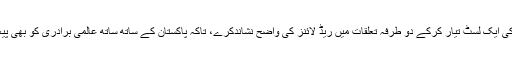
کمیٹی نے مزید حکومت کو بتایا کہ وہ Do’s and Don’t کی ایک لسٹ تیار کرکے دو طرٖفہ تعلقات میں ریڈ لائنز کی واضح نشاندکرے، تاکہ پاکستان کے ساتھ ساتھ عالمی برادری کو بھی پیغام دیا جائے کہ ان لائنز سے آگے کوئی بات چیت نہیں ہوگی۔